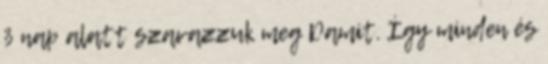
3 nap alatt szavazzuk meg Damit. Így minden és